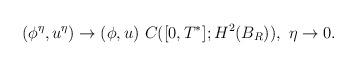
LaTeX: \begin{align*}&(\phi^\eta,u^\eta) \rightarrow (\phi,u) \ C([0,T^*];H^2(B_R)),\ \eta\rightarrow 0.\end{align*}